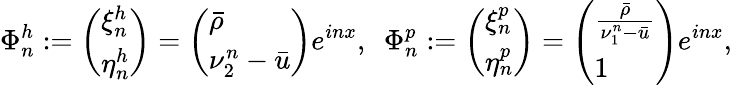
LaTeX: \Phi_{n}^{h}:=\left(\begin{array}{l}{\xi_{n}^{h}}\\ {\eta_{n}^{h}}\end{array}\right)=\left(\begin{array}{l}{\bar{\rho}}\\ {\nu_{2}^{n}-\bar{u}}\end{array}\right)e^{inx},\ \ \Phi_{n}^{p}:=\left(\begin{array}{l}{\xi_{n}^{p}}\\ {\eta_{n}^{p}}\end{array}\right)=\left(\begin{array}{l}{\frac{\bar{\rho}}{\nu_{1}^{n}-\bar{u}}}\\ {1}\end{array}\right)e^{inx},